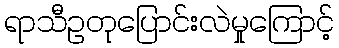
ရာသီဥတုပြောင်းလဲမှုကြောင့်